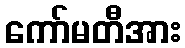
ကော်မတီအား